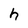
Character: h